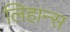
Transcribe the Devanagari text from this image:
लिहान्स